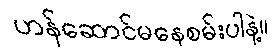
ဟန်ဆောင်မနေစမ်းပါနဲ့။